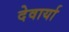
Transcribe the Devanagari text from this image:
देवार्या